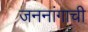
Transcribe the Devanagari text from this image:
जननांगाची